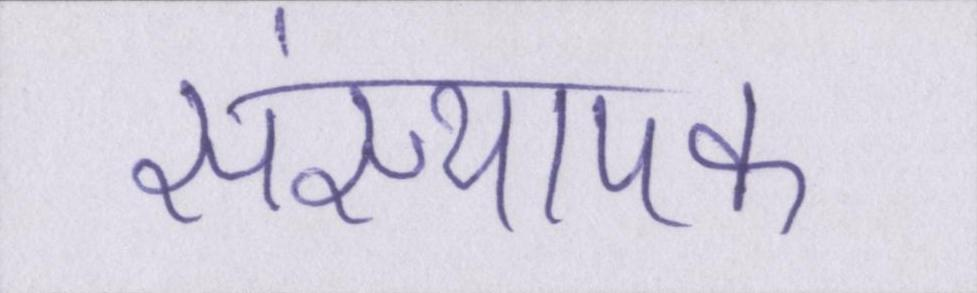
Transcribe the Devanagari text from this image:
संस्थापक